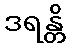
ဒရန္တိ